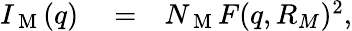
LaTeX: \begin{array}{rlr}{I_{\mathrm{~M~}}(q)}&{{}=}&{N_{\mathrm{~M~}}F(q,R_{M})^{2},}\end{array}